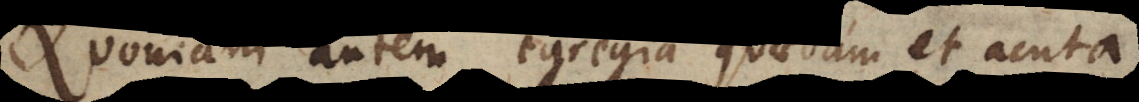
Quoniam autem egregia quaedam et acuta